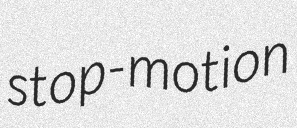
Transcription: stop-motion